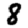
Digit: 8